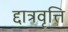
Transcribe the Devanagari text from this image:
द्दात्रवृत्ति